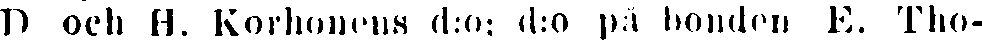
D och H. Korhonens d:o; d:o på bonden E. Tho-